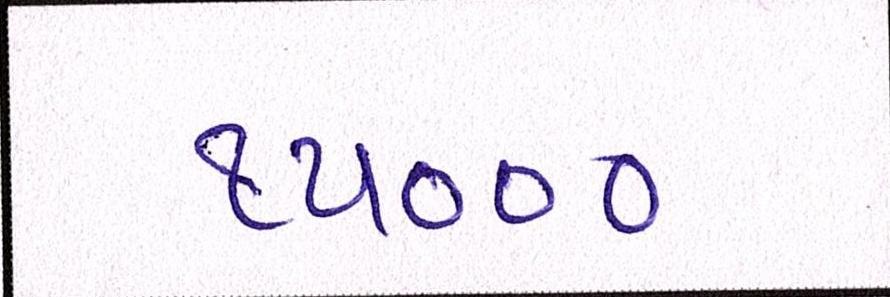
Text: ૧૫૦૦૦